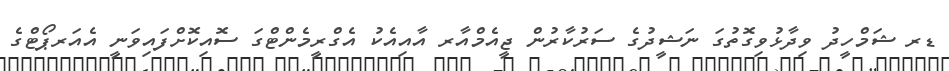
ޑރ ޝަމްހީދު ވިދާޅުވިގޮތުގަ ނަޝީދުގެ ސަރުކާރުން ޖީއެމްއާރ އާއިއެކު އެގްރީމެންޓްގަ ސޮއިކޮށްފައިވަނީ އެއަރޕޯޓްގެ